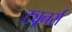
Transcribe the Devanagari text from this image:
ट्यूनर्स